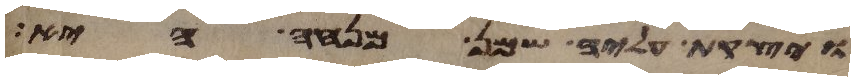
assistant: ויצקת עליה שמן מנחה היא